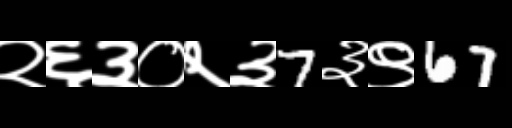
Text: २६३०२३7३९67